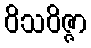
ဝိသဝိဇ္ဇာ